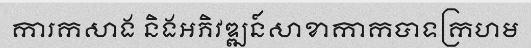
ការកសាង និងអភិវឌ្ឍន៍សាខាកាកបាទក្រហម